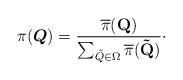
LaTeX: \begin{align*}{ \pi}(\boldsymbol{Q})=\frac{{{\mathop{\overline{\pi}}\nolimits} (\mathbf{{Q}})}}{{\sum\nolimits_{ \tilde{Q} \in \Omega } { { \overline{\pi}}(\mathbf{\tilde Q})}}} \cdot\end{align*}